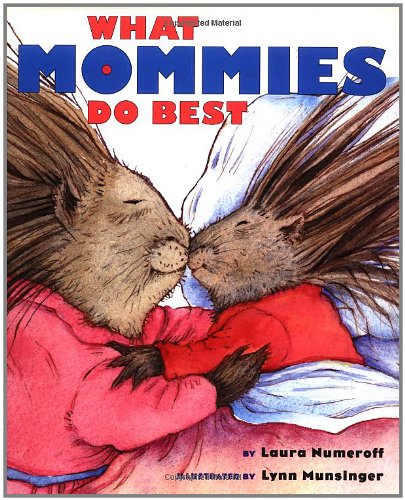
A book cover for What Mommies Do Best/ What Daddies Do Best; Laura Numeroff; Children's Books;